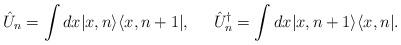
LaTeX: \begin{align*}\hat{U}_n=\int dx|x,n\rangle \langle x,n+1|,\;\;\;\;\;\hat{U}_n^{\dagger}=\int dx|x,n+1\rangle \langle x,n|.\end{align*}